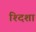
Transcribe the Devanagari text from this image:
श्दिशा